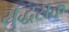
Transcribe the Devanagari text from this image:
युद्धसक्त